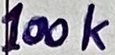
Text: 100k